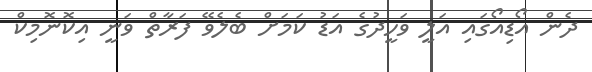
ދެން އޯޑިއޯގައި އަލީ ވަހީދުގެ އަޑު ކަމަށް ބެލެވޭ ފަރާތް ވަނީ އިކޮނޮމިކް